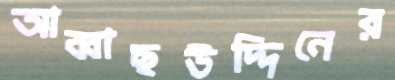
আব্বাছউদ্দিনের